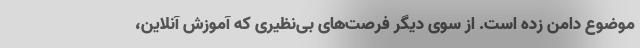
موضوع دامن زده است. از سوی دیگر فرصت‌های بی‌نظیری که آموزش آنلاین،